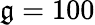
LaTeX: \mathfrak{g}=100